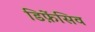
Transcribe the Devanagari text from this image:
डिफ़ेंसिव